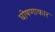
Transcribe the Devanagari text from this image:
घोषणाकार